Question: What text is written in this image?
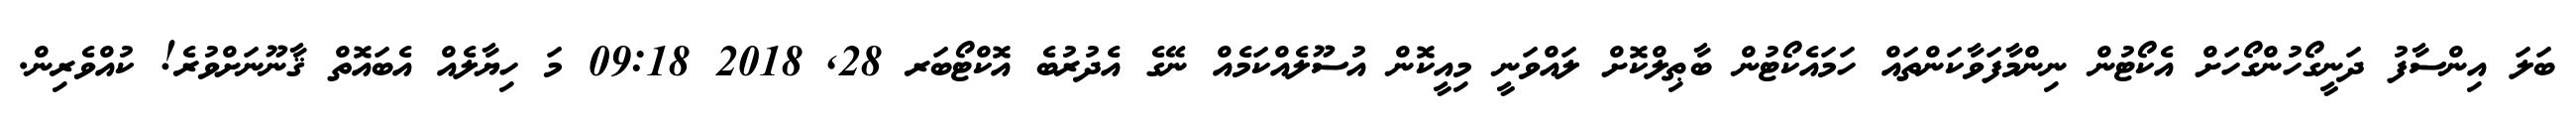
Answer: ބަލަ އިންސާފު ދަނީގޯހުންގޯހަށް އެކޯޓުން ނިންމާފަވާކަންތައް ހަމައެކޯޓުން ބާޠިލްކޮށް ލައްވަނީ މިއީކޮން އުސޫލެއްކަމެއް ނޭގެ އެދުރުބެ އޮކްޓޯބަރ 28, 2018 09:18 މަ ހިޔާލެއް އެބައޮތް ޤާނޫނަށްވުރެ! ކުއްވެރިން.